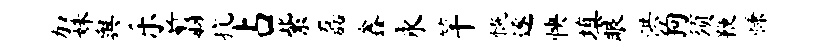
加姝舆乐翦抗占紫磊鑫永竿慨逐怏填眼洪狗须鞭慊